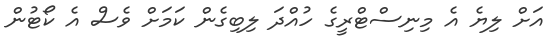
އަށް ލިޔެ އެ މިނިސްޓްރީގެ ހުއްދަ ލިބިގެން ކަމަށް ވެސް އެ ކޯޓުން